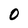
Character: O